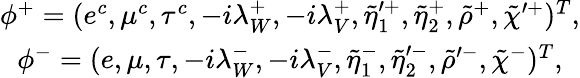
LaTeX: \begin{array}{c}{{\phi^{+}=(e^{c},\mu^{c},\tau^{c},-i\lambda_{W}^{+},-i\lambda_{V}^{+},\tilde{\eta}_{1}^{\prime+},\tilde{\eta}_{2}^{+},\tilde{\rho}^{+},\tilde{\chi}^{\prime+})^{T},}}\\ {{\phi^{-}=(e,\mu,\tau,-i\lambda_{W}^{-},-i\lambda_{V}^{-},\tilde{\eta}_{1}^{-},\tilde{\eta}_{2}^{\prime-},\tilde{\rho}^{\prime-},\tilde{\chi}^{-})^{T},}}\end{array}